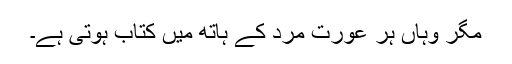
مگر وہاں ہر عورت مرد کے ہاتھ میں کتاب ہوتی ہے۔